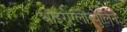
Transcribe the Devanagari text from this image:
थाइरोग्लोब्युलिन